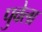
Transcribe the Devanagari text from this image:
पुवेला